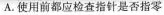
A.使用前都应检查指针是否指零